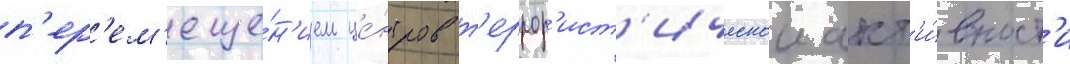
п'ер'ем'еще́н'ием це́нтров т'еррор'ист'ическои акт'и́вност'и